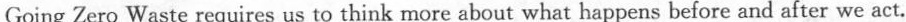
Going Zero Waste requires us to think more about what happens before and after we act.